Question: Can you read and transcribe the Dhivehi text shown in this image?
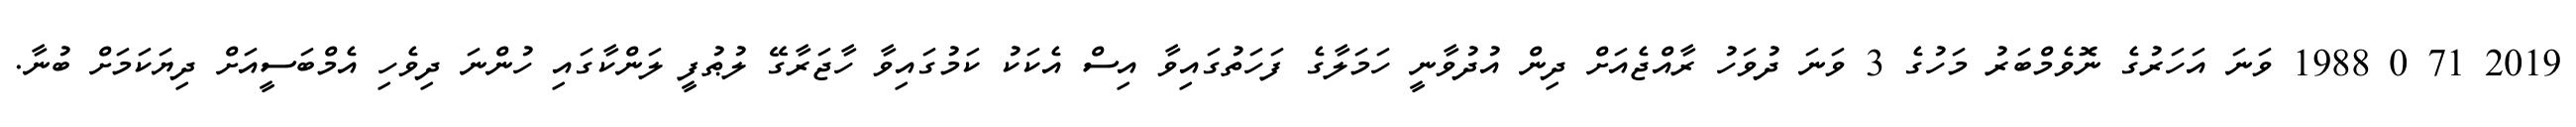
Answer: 2019 71 0 1988 ވަނަ އަހަރުގެ ނޮވެމްބަރު މަހުގެ 3 ވަނަ ދުވަހު ރާއްޖެއަށް ދިން އުދުވާނީ ހަމަލާގެ ފަހަތުގައިވާ އިސް އެކަކު ކަމުގައިވާ ހާޖަރާގޭ ލުޠުފީ ލަންކާގައި ހުންނަ ދިވެހި އެމްބަސީއަށް ދިޔަކަމަށް ބުނާ.